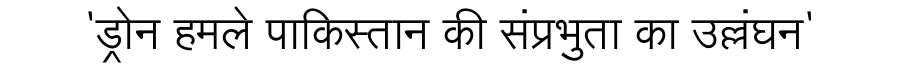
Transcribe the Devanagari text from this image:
'ड्रोन हमले पाकिस्तान की संप्रभुता का उल्लंघन'